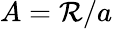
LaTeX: A=\mathcal{R}/a